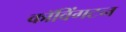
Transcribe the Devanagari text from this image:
कॉविंगटन